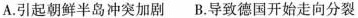
A.引起朝鲜半岛冲突加剧 B.导致德国开始走向分裂